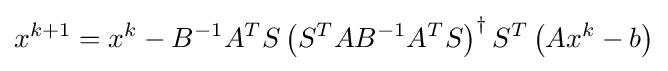
x^{k+1}=x^{k}-B^{-1}A^{T}S\left(S^{T}AB^{-1}A^{T}S\right)^{\dagger }S^{T}\left(Ax^{k}-b\right)